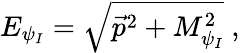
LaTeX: E_{\psi_{I}}=\sqrt{\vec{p}^{2}+M_{\psi_{I}}^{2}}\ ,